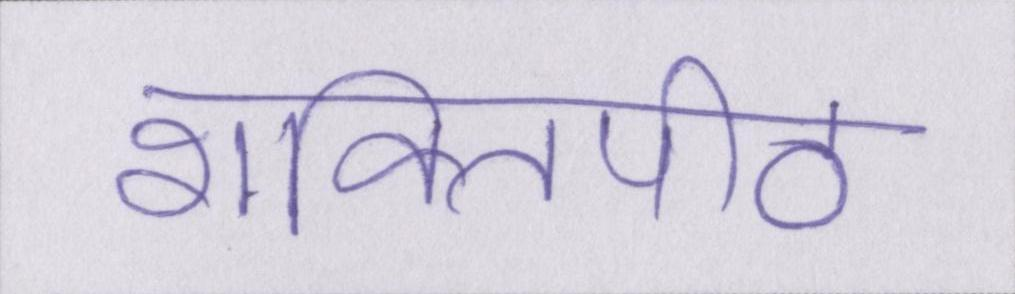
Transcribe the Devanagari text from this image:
शक्तिपीठ